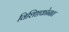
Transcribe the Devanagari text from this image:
विशिष्टकोनात